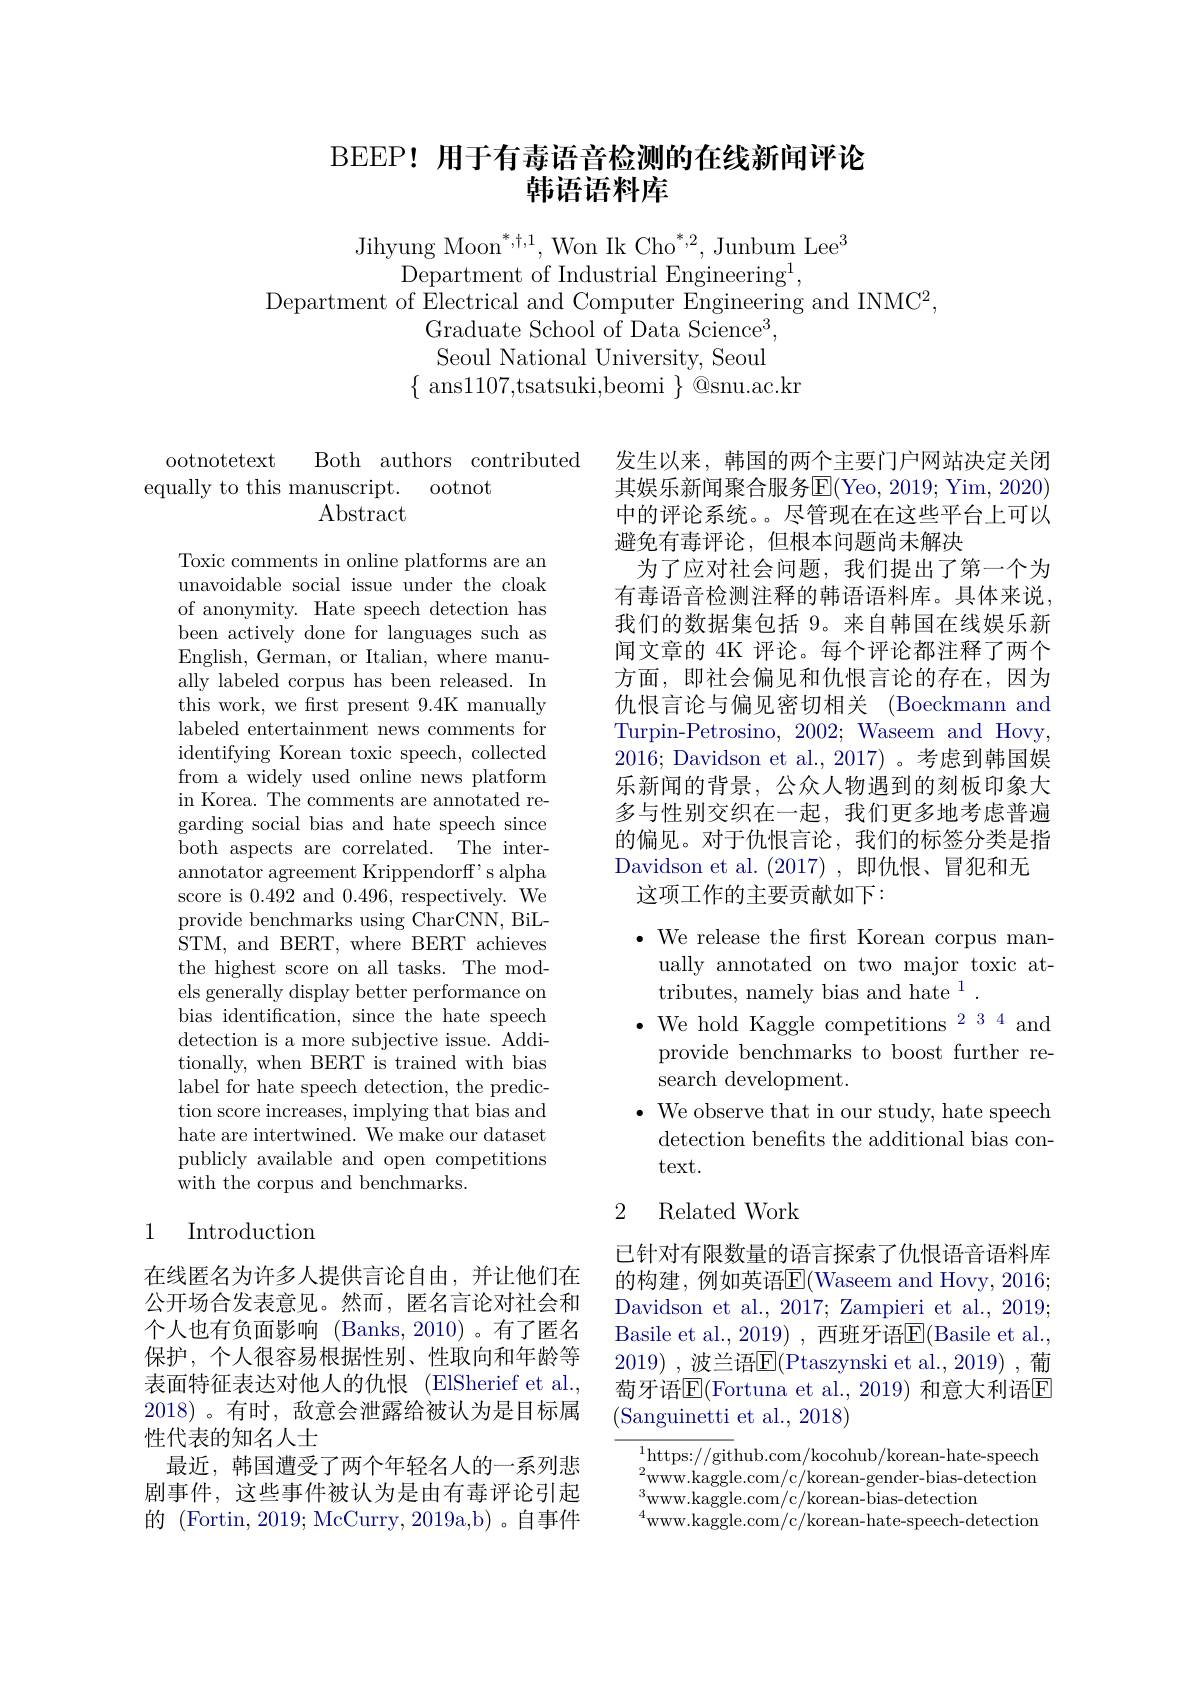
# BEEP! 用于有毒语音检测的在线新闻评论韩语语料库

Jihyung Moon$^*,\dagger,\text{Won Ik Cho}^{*,2}$,Junbum Lee$^3$
Department of Industrial Engineering$^1$,
Department of Electrical and Computer Engineering and INMC$^2$,
Graduate School of Data Science$^3$, Seoul National University, Seoul
$\{$ ans1107,tsatsuki,beomi $\}$ @snu.ac.kr

ootnotetext
Both authors contributed
equally to this manuscript. ootnot
$\operatorname{Abstract}$

Toxic comments in online platforms are an unavoidable social issue under the cloak of anonymity. Hate speech detection has been actively done for languages such as English, German, or Italian, where manually labeled corpus has been released. In this work, we frst present 9.4K manually labeled entertainment news comments for identifying Korean toxic speech, collected from a widely used online news platform in Korea. The comments are annotated regarding social bias and hate speech since both aspects are correlated. The interannotator agreement Krippendorff' s alpha score is 0.492 and 0.496,respectively.$^{\mathrm{T}}$We provide benchmarks using CharCNN, BiLSTM, and BERT, where BERT achieves the highest score on all tasks. The models generally display better performance on bias identification, since the hate speech detection is a more subjective issue. Additionally, when BERT is trained with bias label for hate speech detection, the prediction score increases, implying that bias and hate are intertwined. We make our dataset publicly available and open competitions ${\dot{\text{with the corpus and benchmarks}}}.$

## 1 Introduction

在线匿名为许多人提供言论自由，并让他们在公开场合发表意见。然而，匿名言论对社会和个人也有负面影响 (Banks,2010)。有了匿名保护，个人很容易根据性别、性取向和年龄等表面特征表达对他人的仇恨(ElSherief et al., 2018)。有时，敌意会泄露给被认为是目标属性代表的知名人士
最近，韩国遭受了两个年轻名人的一系列悲剧事件，这些事件被认为是由有毒评论引起的 (Fortin, 2019; McCurry, 2019a,b) 。自事件

发生以来，韩国的两个主要门户网站决定关闭其娱乐新闻聚合服务$\operatorname{E}($Yeo, 2019; Yim, 2020) 中的评论系统。尽管现在在这些平台上可以避免有毒评论，但根本问题尚未解决
为了应对社会问题，我们提出了第一个为有毒语音检测注释的韩语语料库。具体来说， 我们的数据集包括 9。来自韩国在线娱乐新闻文章的 4K 评论。每个评论都注释了两个方面，即社会偏见和仇恨言论的存在，因为仇恨言论与偏见密切相关 (Boeckmann and Turpin-Petrosino, 2002; Waseem and Hovy, 2016; Davidson et al.,2017)。考虑到韩国娱乐新闻的背景，公众人物遇到的刻板印象大多与性别交织在一起，我们更多地考虑普遍的偏见。对于仇恨言论，我们的标签分类是指Davidson et al.(2017),即仇恨、冒犯和无
这项工作的主要贡献如下：

$\bullet$ We release the first Korean corpus man-
ually annotated on two major toxic at-
tributes, namely bias and hate $^1.$
$\bullet$ We hold Kaggle competitions$^234$ and
provide benchmarks to boost further re-
search development.
$\bullet$ We observe that in our study, hate speech
detection benefits the additional bias con-
text.

## 2 Related Work

已针对有限数量的语言探索了仇恨语音语料库的构建，例如英语$\mathbb{E}($Waseem and Hovy, 2016; Davidson et al., 2017; Zampieri et al., 2019; Basile et al., 2019) , 西班牙语$\overline{\mathrm{E}}($Basile et al., 2019) ,波兰语$\overline{\mathrm{E}}($Ptaszynski et al., 2019) ,葡萄牙语$\overline{\mathrm{E}}($Fortuna et al., 2019) 和意大利语$\overline{\mathrm{E}}$ (Sanguinetti et al., 2018)

$^{1}$https://github.com/kocohub/korean-hate-speech $^{2}$www.kaggle.com/c/korean-gender-bias-detection $_{4}^{3}$www.kaggle.com/c/korean-bias-detection
$^{4}$www.kaggle.com/c/korean-hate-speech-detection